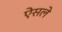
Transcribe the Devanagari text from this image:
ऐसले